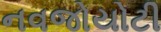
નવજોયોટી